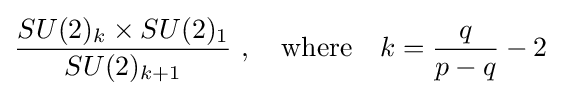
{\frac {SU(2)_{k}\times SU(2)_{1}}{SU(2)_{k+1}}}\ ,\quad {\text{where}}\quad k={\frac {q}{p-q}}-2\